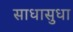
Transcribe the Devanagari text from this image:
साधासुधा